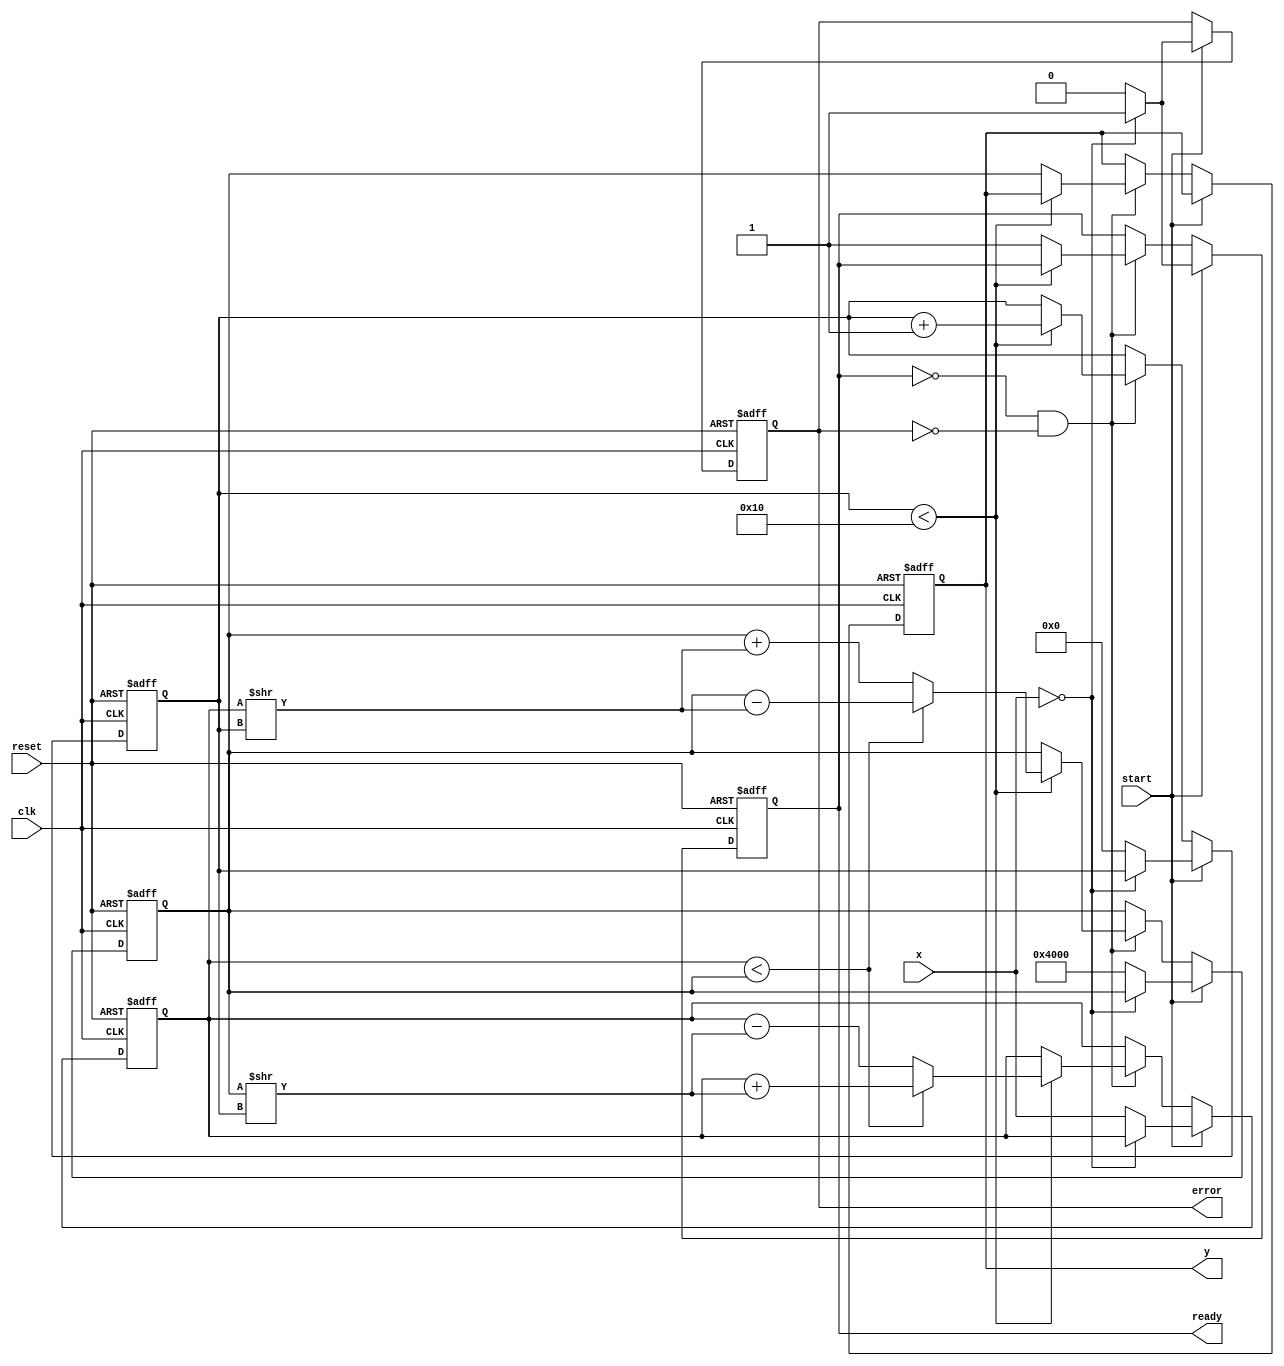
module cordic_reciprocal #(
    parameter WIDTH = 16,         // Width of the fixed-point representation
    parameter ITERATIONS = 16     // Number of CORDIC iterations
)(
    input wire clk,               // Clock signal
    input wire reset,             // Reset signal
    input wire start,             // Control signal to start computation
    input wire [WIDTH-1:0] x,     // Input value (fixed-point representation)
    output reg [WIDTH-1:0] y,     // Reciprocal result
    output reg ready,             // Ready signal
    output reg error              // Error signal (e.g., division by zero)
);

    // Internal registers
    reg [WIDTH-1:0] z;            // Initial guess
    reg [4:0] iteration;           // Iteration counter
    reg [WIDTH-1:0] x_reg;        // Register to hold input value
    reg [WIDTH-1:0] y_reg;        // Register for y value during iterations
    reg [WIDTH-1:0] angle;        // Angle value for CORDIC
    reg [WIDTH-1:0] z_reg;        // Register for z value (angle accumulator)

    // CORDIC angle lookup table for atan(2^-i)
    reg [WIDTH-1:0] atan_table [0:ITERATIONS-1];

    initial begin
        // Initialize atan_table with precomputed values (in fixed-point format)
        atan_table[0] = 16'h2000; // atan(2^-0) = 0.5
        atan_table[1] = 16'h1666; // atan(2^-1)
        atan_table[2] = 16'h0C8F; // atan(2^-2)
        atan_table[3] = 16'h05A8; // atan(2^-3)
        atan_table[4] = 16'h02D4; // atan(2^-4)
        atan_table[5] = 16'h0162; // atan(2^-5)
        atan_table[6] = 16'h00B2; // atan(2^-6)
        atan_table[7] = 16'h0052; // atan(2^-7)
        atan_table[8] = 16'h0029; // atan(2^-8)
        atan_table[9] = 16'h0014; // atan(2^-9)
        atan_table[10] = 16'h000A; // atan(2^-10)
        atan_table[11] = 16'h0005; // atan(2^-11)
        atan_table[12] = 16'h0002; // atan(2^-12)
        atan_table[13] = 16'h0001; // atan(2^-13)
        atan_table[14] = 16'h0001; // atan(2^-14)
        atan_table[15] = 16'h0000; // atan(2^-15)
    end

    // State machine for CORDIC computation
    always @(posedge clk or posedge reset) begin
        if (reset) begin
            iteration <= 0;
            y <= 0;
            ready <= 0;
            error <= 0;
            z_reg <= 0;
            x_reg <= 0;
            y_reg <= 0;
        end else if (start) begin
            // Check for division by zero
            if (x == 0) begin
                error <= 1;
                ready <= 1;
            end else begin
                error <= 0;
                x_reg <= x;
                y_reg <= 16'h4000; // Initial y = 1 (fixed-point)
                z_reg <= 0;         // Initial angle
                iteration <= 0;
                ready <= 0;
            end
        end else if (!ready && !error) begin
            // Perform CORDIC iterations
            if (iteration < ITERATIONS) begin
                if (x_reg < y_reg) begin
                    // Rotate clockwise
                    x_reg <= x_reg + (y_reg >> iteration);
                    y_reg <= y_reg - (x_reg >> iteration);
                    z_reg <= z_reg + atan_table[iteration];
                end else begin
                    // Rotate counterclockwise
                    x_reg <= x_reg - (y_reg >> iteration);
                    y_reg <= y_reg + (x_reg >> iteration);
                    z_reg <= z_reg - atan_table[iteration];
                end
                iteration <= iteration + 1;
            end else begin
                // Final output computation
                y <= y_reg; // The result is stored in y_reg
                ready <= 1; // Set ready signal
            end
        end
    end

endmodule